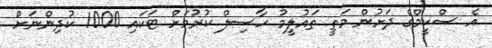
އެ ސްކީމްގެ ދަށުން މަތީ ތައުލީމު ހާސިލް ކުރުމަށް ޓަކައި 1000 ކުދިންނަށް